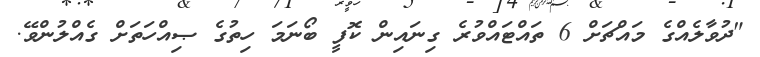
"ދުވާލެއްގެ މައްޗަށް 6 ތައްޓައްވުރެ ގިނައިން ކޮފީ ބޯނަމަ ހިތުގެ ޞިއްހަތަށް ގެއްލުންވޭ.